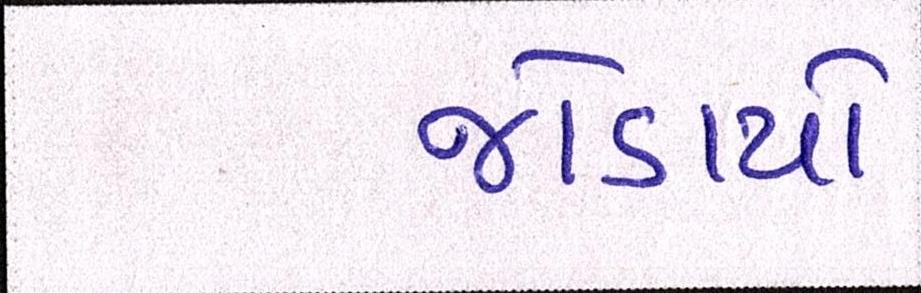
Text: જોડાયો